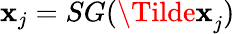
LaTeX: \mathbf{x}_{j}=SG(\mathbf{\Tilde{x}}_{j})